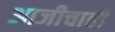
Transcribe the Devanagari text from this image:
आजीचाही